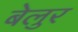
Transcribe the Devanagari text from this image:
बेलुर